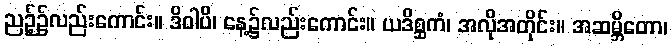
ညဉ့်၌လည်းကောင်း။ ဒိဝါပိ၊ နေ့၌လည်းကောင်း။ ယဒိစ္ဆကံ၊ အလိုအတိုင်း။ အဆမ္ဘိတော၊